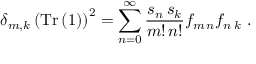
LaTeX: \delta _ { m , k } \left( \mathrm { T r } \left( 1 \right) \right) ^ { 2 } = \sum _ { n = 0 } ^ { \infty } \frac { s _ { n } \, s _ { k } } { m ! \, n ! } f _ { m \, n } f _ { n \, k } \ .